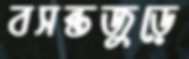
বসন্তজুড়ে